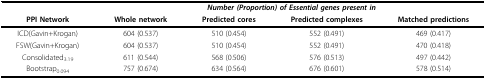
<table><thead><tr><td></td><td colspan="4"><b><i>Number (Proportion) of Essential genes present in</i></b></td></tr><tr><td><b>PPI Network</b></td><td><b>Whole network</b></td><td><b>Predicted cores</b></td><td><b>Predicted complexes</b></td><td><b>Matched predictions</b></td></tr></thead><tbody><tr><td>ICD(Gavin+Krogan)</td><td>604 (0.537)</td><td>510 (0.454)</td><td>552 (0.491)</td><td>469 (0.417)</td></tr><tr><td>FSW(Gavin+Krogan)</td><td>604 (0.537)</td><td>510 (0.454)</td><td>552 (0.491)</td><td>470 (0.418)</td></tr><tr><td>Consolidated<sub>3.19</sub></td><td>611 (0.544)</td><td>568 (0.506)</td><td>576 (0.513)</td><td>497 (0.442)</td></tr><tr><td>Bootstrap<sub>0.094</sub></td><td>757 (0.674)</td><td>634 (0.564)</td><td>676 (0.601)</td><td>578 (0.514)</td></tr></tbody></table>